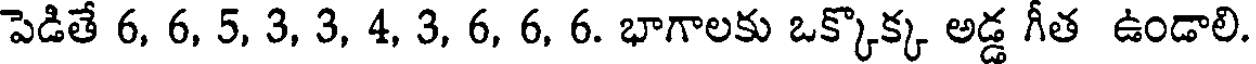
పెడితే 6, 6, 5, 3, 3, 4, 3, 6, 6, 6. భాగాలకు ఒక్కొక్క అడ్డ గీత ఉండాలి.